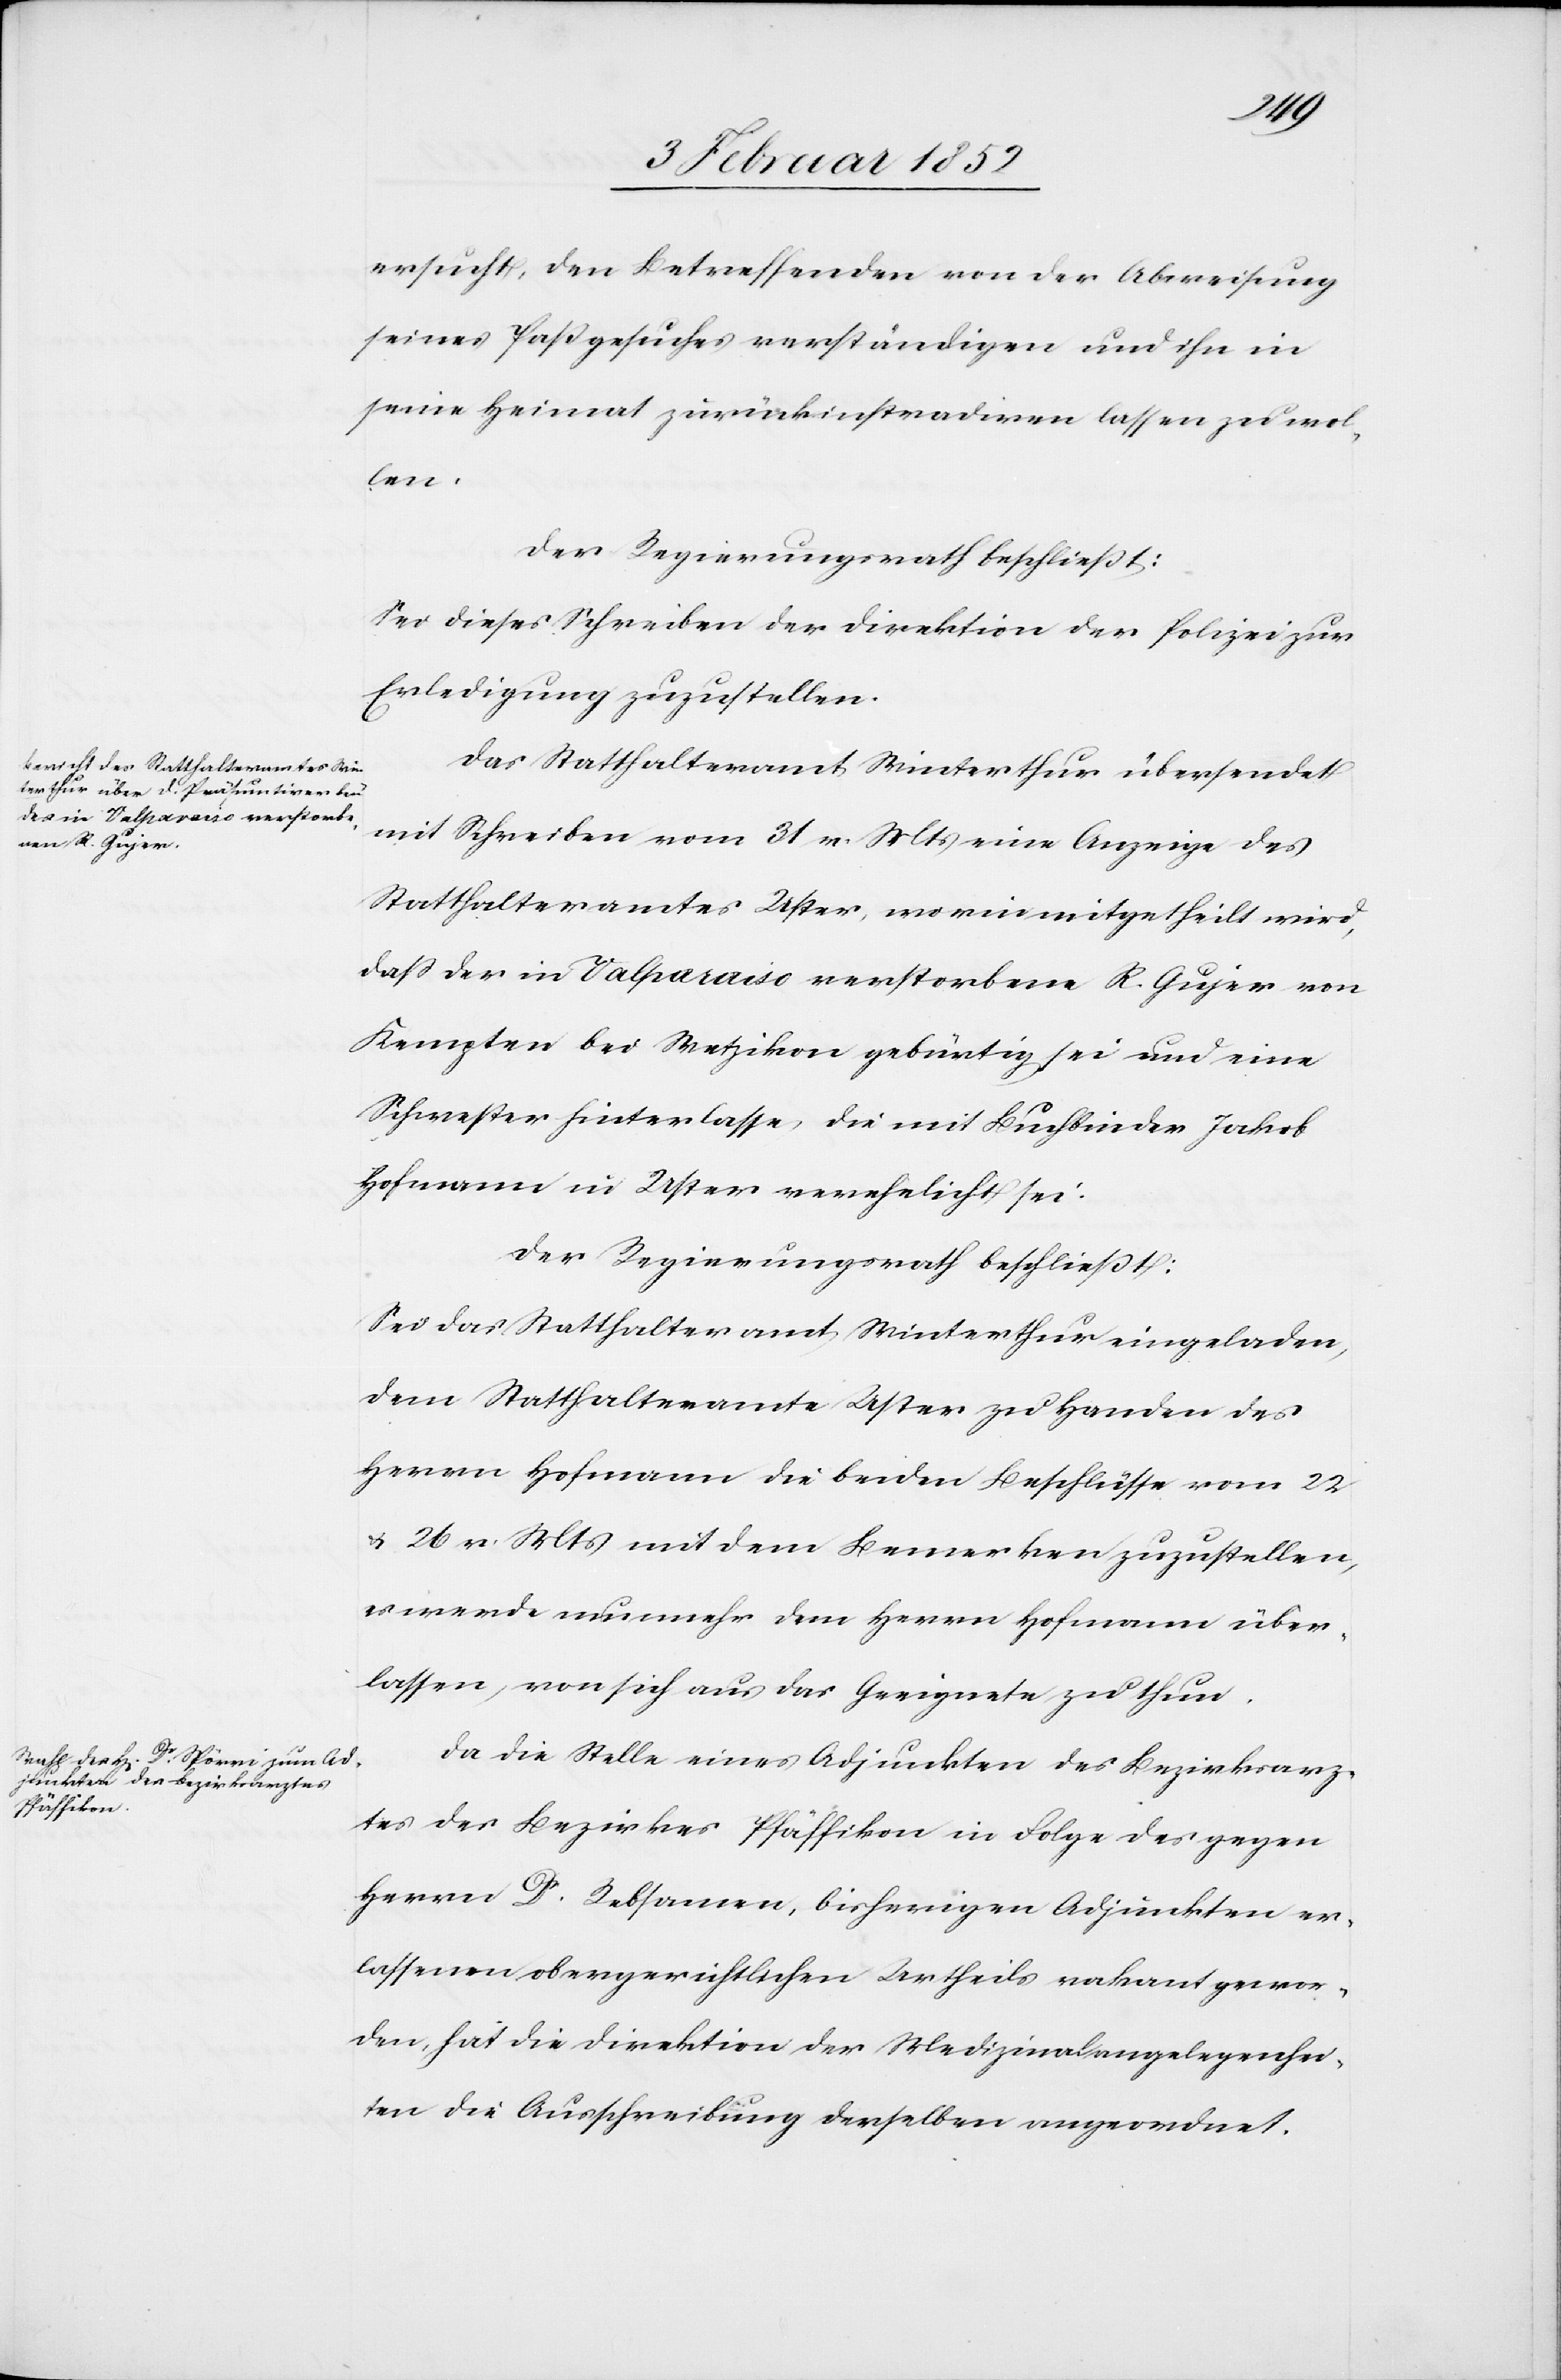
ersucht, den betreffenden von der Abweisung
seines Paßgesuches verständigen und ihn in
seine Heimat zurückinstradiren lassen zu wol¬
len.
Der Regierungsrath beschließt:
Sei dieses Schreiben der Direktion der Polizei zur
Erledigung zuzustellen.
Das Statthalteramt Winterthur übersendet
mit Schreiben vom 31 v. Mts eine Anzeige des
Statthalteramtes Uster, worin mitgetheilt wird,
daß der in Valparaiso verstorbene K. Gujer von
Kempten bei Wetzikon gebürtig sei und eine
Schwester hinterlasse, die mit Buchbinder Jakob
Hofmann in Uster verehelicht sei.
Der Regierungsrath beschließt:
Sei das Statthalteramt Winterthur eingeladen,
dem Statthalteramte Uster zu Handen des
Herrn Hofmann die beiden Beschlüsse vom 22
u. 26 v. Mts mit dem Bemerken zuzustellen,
es werde nunmehr dem Herrn Hofmann über¬
lassen, von sich aus das Geeignete zu thun.
Da die Stelle eines Adjunkten des Bezirksarz¬
tes des Bezirkes Pfäffikon in Folge des gegen
Herrn Dr. Rebsamen, bisherigen Adjunkten er¬
lassenen obergerichtlichen Urtheils vakant gewor¬
den, hat die Direktion der Medizinalangelegenhei¬
ten die Ausschreibung derselben angeordnet.